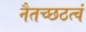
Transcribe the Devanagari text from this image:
नैतच्छठत्वं